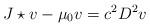
LaTeX: \begin{align*} J \star v - \mu _ 0 v = c ^ 2 D ^ 2 v\end{align*}